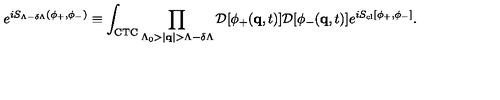
e ^ { i S _ { \Lambda - \delta \Lambda } ( \phi _ { + } , \phi _ { - } ) } \equiv \int _ { \mathrm { C T C } } \prod _ { \Lambda _ { 0 } > | { \bf q } | > \Lambda - \delta \Lambda } { \cal D } [ \phi _ { + } ( { \bf q } , t ) ] { \cal D } [ \phi _ { - } ( { \bf q } , t ) ] e ^ { i S _ { \mathrm { c l } } [ \phi _ { + } , \phi _ { - } ] } .